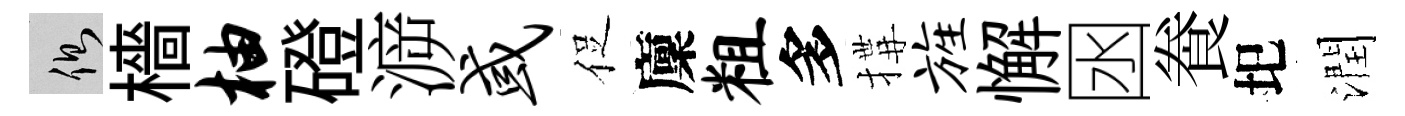
側檣柚磴㴑或促廩粗多搆旌懈囦飬圯潤